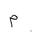
Letter: _mim